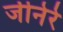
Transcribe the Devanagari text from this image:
जीनेरे